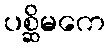
ပစ္ဆိမကေ